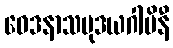
ဝေဒနာသမုဒယဂါမိနီ